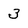
Character: 3